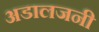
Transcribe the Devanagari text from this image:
अडालजनी